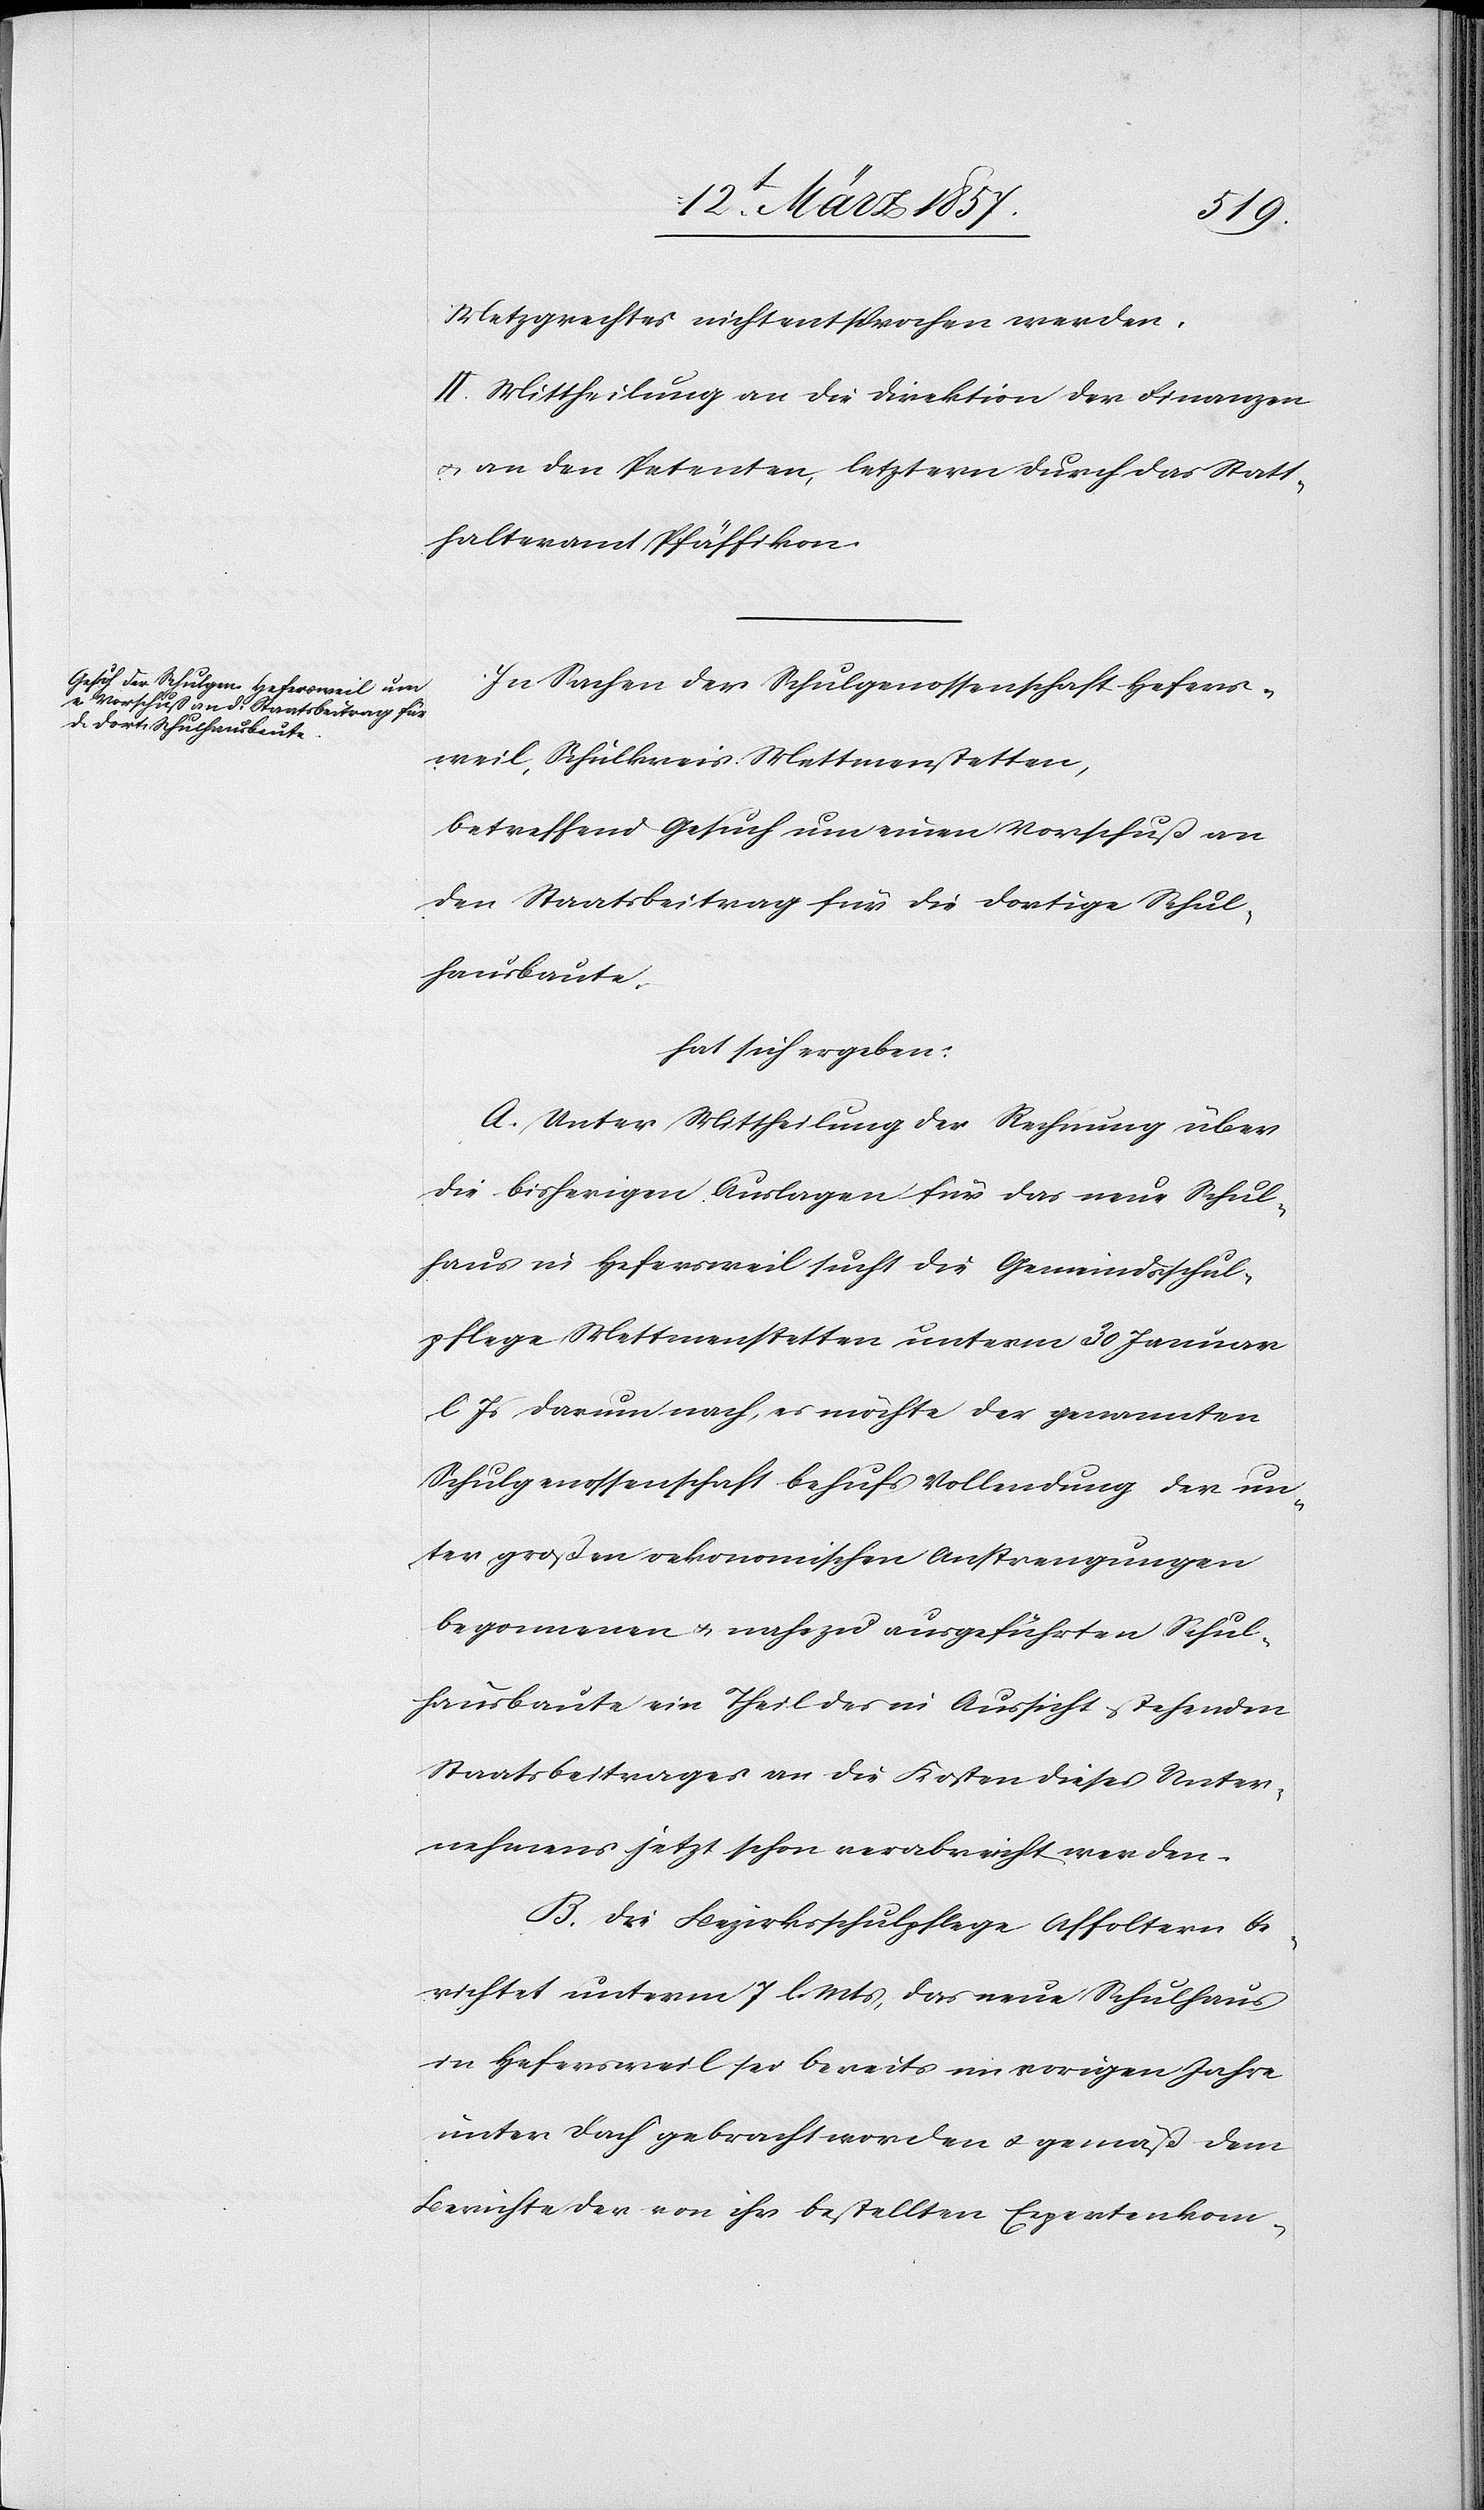
Metzgrechtes nicht entsprochen werden.
II. Mittheilung an die Direktion der Finanzen
u. an den Petenten, letztern [sic!] durch das Statt¬
halteramt Pfäffikon.
In Sachen der Schulgenossenschaft Hefers¬
weil, Schulkreis Mettmenstetten,
betreffend Gesuch um einen Vorschuß an
den Staatsbeitrag für die dortige Schul¬
hausbaute,
hat sich ergeben:
A. Unter Mittheilung der Rechnung über
die bisherigen Auslagen für das neue Schul¬
haus in Hefersweil sucht die Gemeindsschul¬
pflege Mettmenstetten unterm 30 Januar
l. Js darum nach, es möchte der genannten
Schulgenossenschaft behufs Vollendung der un¬
ter großen oekonomischen Anstrengungen
begonnenen u. nahezu ausgeführten Schul¬
hausbaute ein Theil des in Aussicht stehenden
Staatsbeitrages an die Kosten dieses Unter¬
nehmens jetzt schon verabreicht werden.
B. Die Bezirksschulpflege Affoltern be¬
richtet unterm 7 l. Mts, das neue Schulhaus
in Hefersweil sei bereits im vorigen Jahre
unter Dach gebracht worden u. gemäß dem
Berichte der von ihr bestellten Expertenkom-